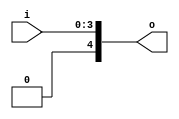
module bsg_unconcentrate_static_0f
(
  i,
  o
);

  input [3:0] i;
  output [4:0] o;
  wire [4:0] o;
  wire o_3_,o_2_,o_1_,o_0_;
  assign o[4] = 1'b0;
  assign o_3_ = i[3];
  assign o[3] = o_3_;
  assign o_2_ = i[2];
  assign o[2] = o_2_;
  assign o_1_ = i[1];
  assign o[1] = o_1_;
  assign o_0_ = i[0];
  assign o[0] = o_0_;

endmodule